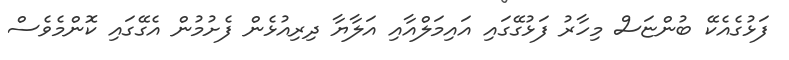
ފަޅުގެއެކޭ ބުންޏަސް މިހާރު ފަޅުގޭގައި އައިމަލްއާއި އަލާޔާ ދިރިއުޅެން ފެށުމުން އެގޭގައި ކޮންމެވެސް